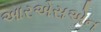
આરએસએન